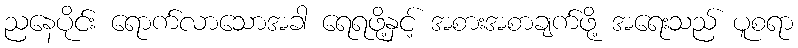
ညနေပိုင်း ရောက်လာသောအခါ ရေရဖို့နှင့် အစားအစာချက်ဖို့ အရေးသည် ပူစရာ